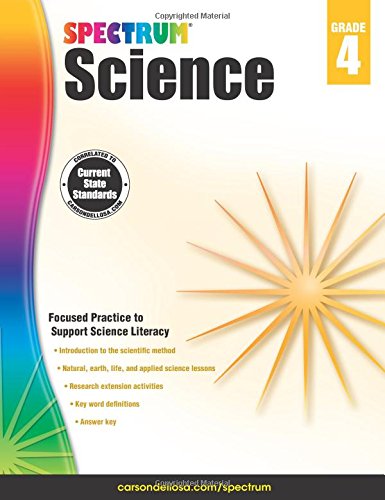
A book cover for Spectrum Science, Grade 4; Children's Books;